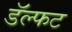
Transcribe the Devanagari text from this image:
डॅल्फट